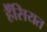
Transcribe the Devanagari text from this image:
हैंसियत